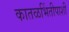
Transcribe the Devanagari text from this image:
कातळभिंतीपाशी